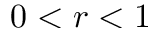
0 < r < 1